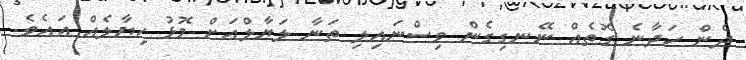
ދެން ހަދާނެ ގޮތެއް ނޭނގިގެން ވިސްނައިލި ތަނާ ލަޔާލްއަށް މޮޅު ހިޔާލެއް އައެވެ.